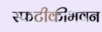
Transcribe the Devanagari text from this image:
स्फटीकीभवन